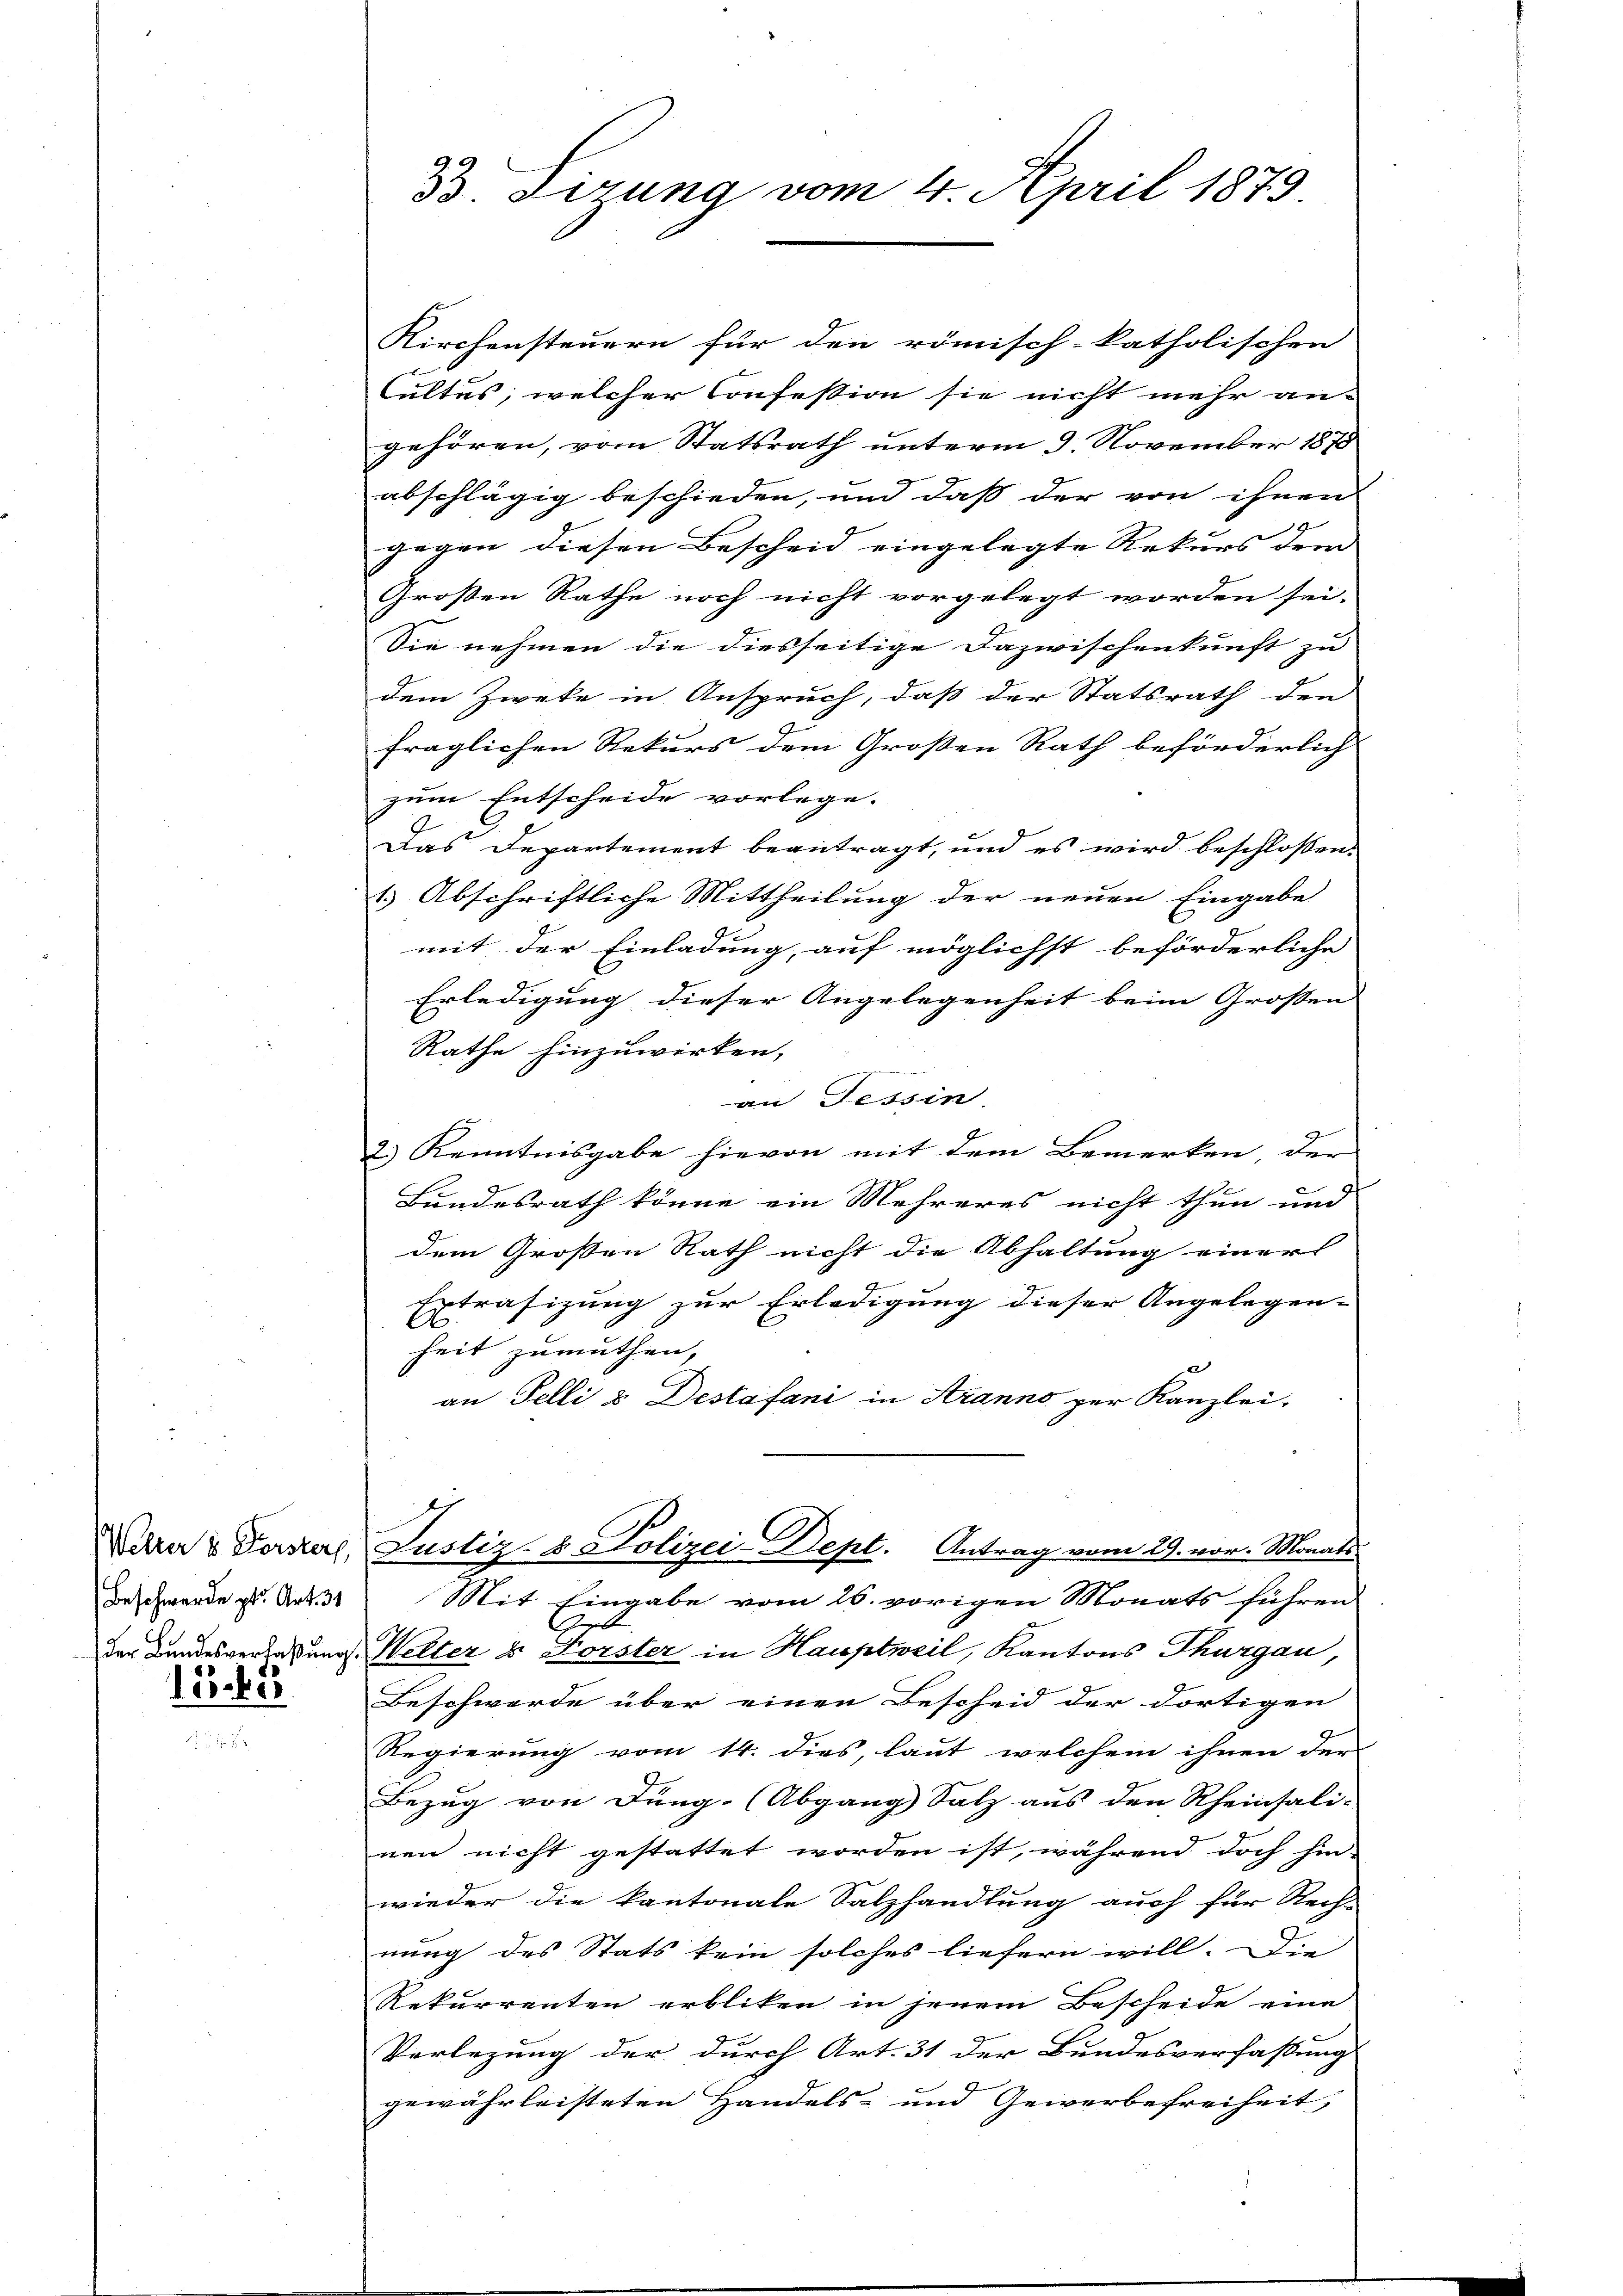
elter u Fensters
Beschwerde pr. Art. 31
der Bundesverfaßung
125 f 2

B. Tirung vom 4. April 1879.

Kirchensteuern für den römisch-katholischen
Cultus, welcher Confestion sie nicht mehr an-
gehören, vom Statsrath unterm 9. November 1870
abschlägig beschieden, und daß der von ihnen
gegen diesen Bescheid eingelegte Rekurs dem
Großen Rathe noch nicht vorgelegt worden sei.
Sie nehmen die diesseitige Dazwischenkunft zu
dem Zweke in Anspruch, daß der Statsrath der
fraglichen Rekurs dem Großen Rath beförderlich
zum Entscheide vorlege.
Das Departement beantragt, und es wird beschlossen:
1) Abschriftliche Mittheilung der neuen Eingabe
mit der Einladung, auf möglichst beförderliche
Erledigung dieser Angelegenheit beim Grossen
Rathe hinzuwirken,
an Tessin
f
2) Kenntnisgabe hievon mit dem Bemerken der
Landesrath könne ein Mehreres nicht thun und
dem Großen Rath nicht die Abhaltung einer
Erträfizung zur Erledigung dieser Angelegen-
heit zumuthen,
an Felli & Destefani in Aranno per Kanzlei-
Justiz- & Polizei-Dept. Antrag vom 29. vor. Monats¬
Mit Eingabe vom 26. vorigen Monats führen
Geb
2
Wetter & Forster in Hauptweil, Kantons Thurgau,
Beschwerde über einen Bescheid der dortigen
Regierung vom 14. dies, laut welchem ihnen der
Bezug von Jung- (Abgang Salz aus den Rheinsali-
nen nicht gestattet worden ist, während doch hin-
wieder die kantonale Salzhandlung auch für Rech-
nung des Stats kein solches liefern will. Die
Rekurrenten erbliken in jenem Bescheide eine
Vorlegung der durch Art. 31 der Bundesverfaßung
gewährleisteten Handels- und Gewerbefreiheit,